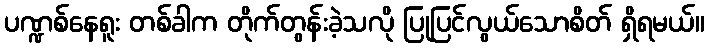
ပဏ္ဍစ်နေရူး တစ်ခါက တိုက်တွန်းခဲ့သလို ပြုပြင်လွယ်သောစိတ် ရှိရမယ်။